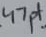
Text: 47pf